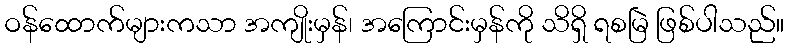
ဝန်ထောက်များကသာ အကျိုးမှန်၊ အကြောင်းမှန်ကို သိရှိ ရစမြဲ ဖြစ်ပါသည်။